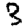
Digit: 3